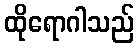
ထိုရောဂါသည်